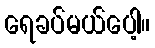
ရေခပ်မယ်ပေါ့။